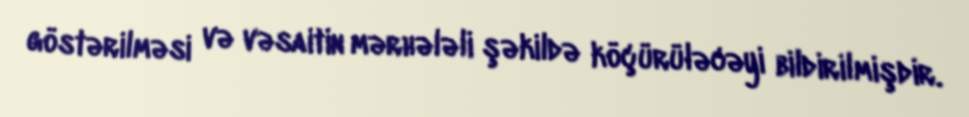
göstərilməsi və vəsaitin mərhələli şəkildə köçürüləcəyi bildirilmişdir.